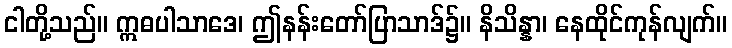
ငါတို့သည်။ ဣဓပါသာဒေ၊ ဤနန်းတော်ပြာသာဒ်၌။ နိသိန္နာ၊ နေထိုင်ကုန်လျက်။